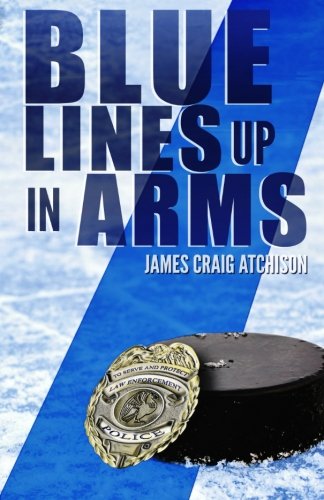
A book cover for Blue Lines Up In Arms; James Craig Atchison; Literature & Fiction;